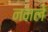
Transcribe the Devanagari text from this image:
नमले